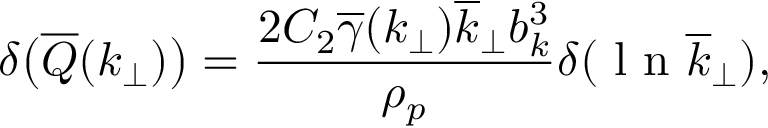
\delta \big ( \overline { { Q } } ( k _ { \perp } ) \big ) = \frac { 2 C _ { 2 } \overline { { \gamma } } ( k _ { \perp } ) \overline { { k } } _ { \perp } b _ { k } ^ { 3 } } { \rho _ { p } } \delta ( \mathrm { ~ l ~ n ~ } \overline { { k } } _ { \perp } ) ,